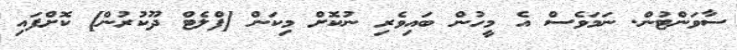
ސާވަންޓުން. ނަމަވެސް އެ މީހުން ބައިވެރި ނުކޮށް މިކަން [ފްލެޓް ދޫކުރުން] ކޮށްފައި